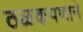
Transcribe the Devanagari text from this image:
ठळकपणाने